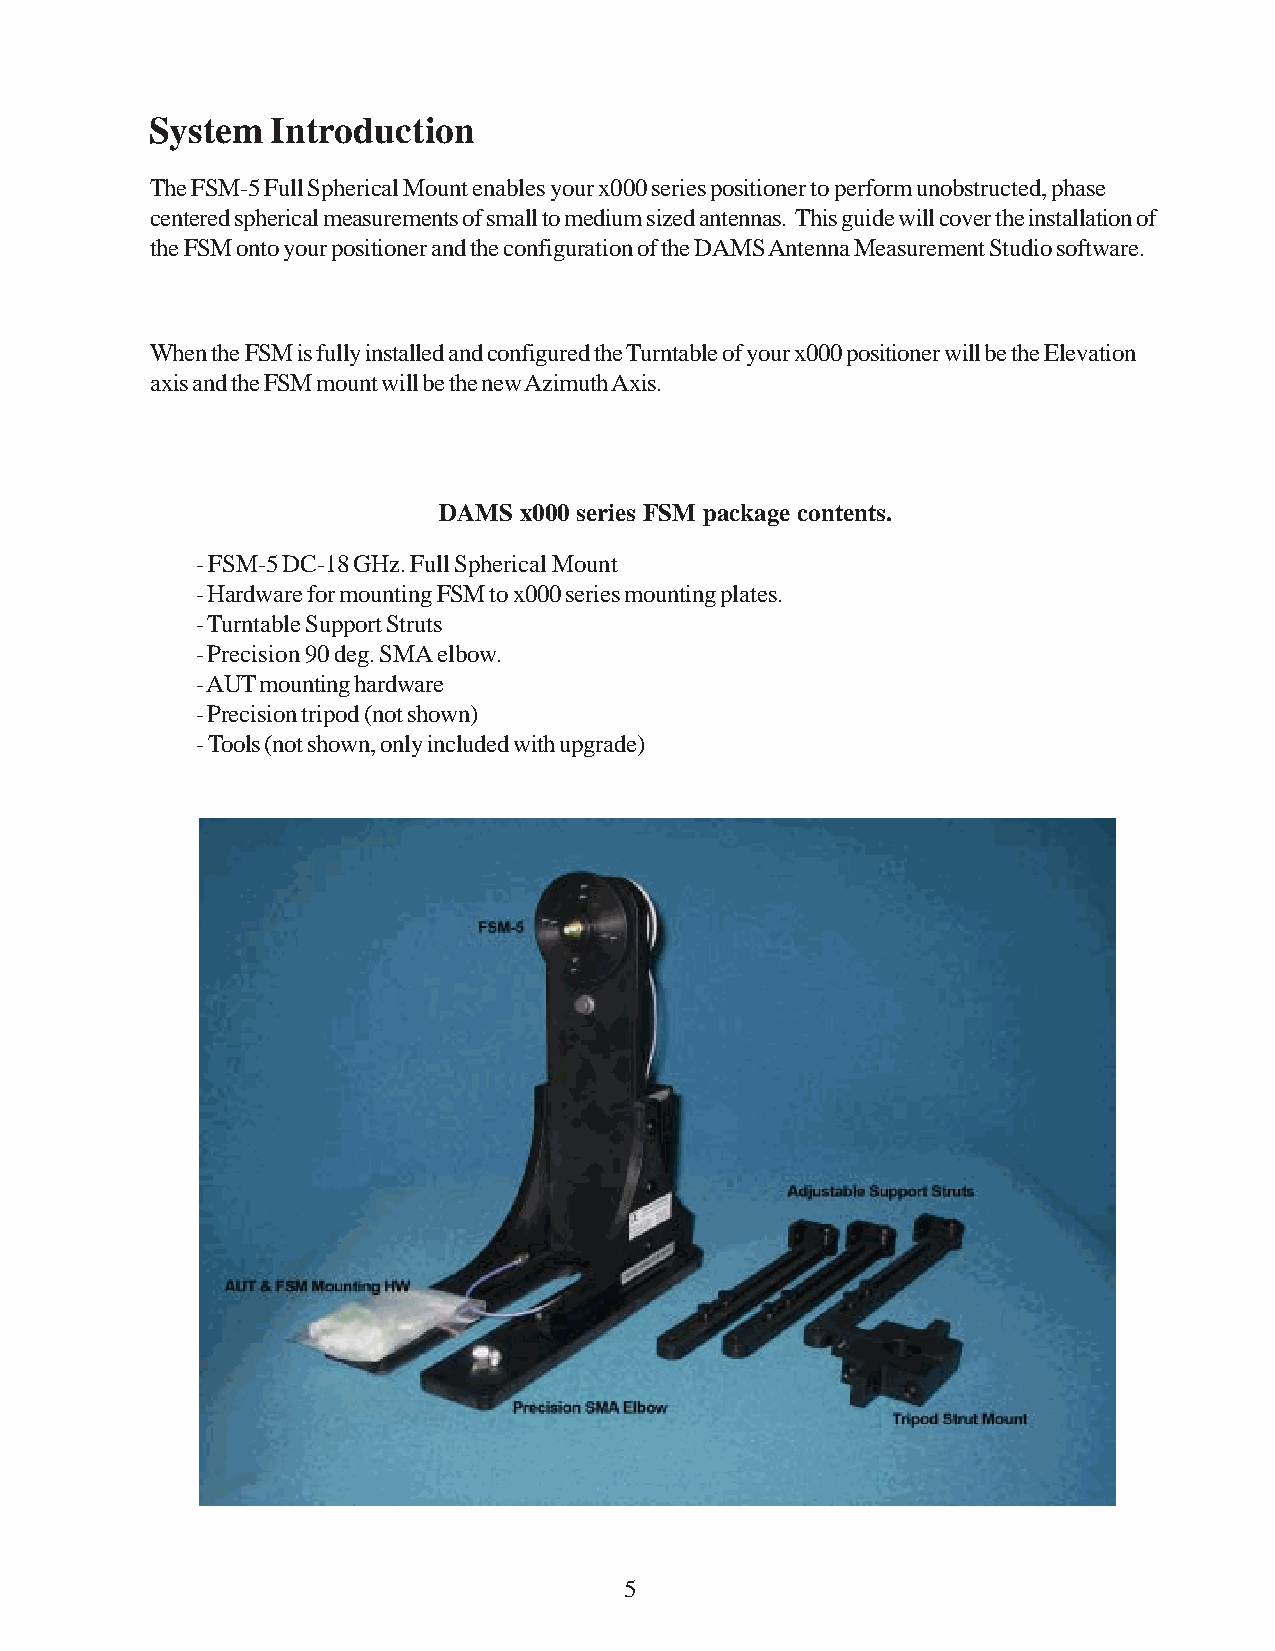
System  Introduction
 The FSM-5 Full Spherical Mount enables your x000 series positioner to perform unobstructed, phase
 centered spherical measurements of small to medium sized antennas. This guide will cover the installation of
 the FSM onto your positioner and the configuration of the DAMS Antenna Measurement Studio software.
 When the FSM is fully installed and configured the Turntable of your x000 positioner will be the Elevation
 axis and the FSM mount will be the new Azimuth Axis.
 DAMS x000 series FSM package contents.
 - FSM-5 DC-18 GHz. Full Spherical Mount
 - Hardware for mounting FSM to x000 series mounting plates.
 - Turntable Support Struts
 - Precision 90 deg. SMA elbow.
 - AUT mounting hardware
 - Precision tripod (not shown)
 - Tools (not shown, only included with upgrade)
 5